Indian journal of veterinary science and animal husbandry - Volumes 15-17, 1948-1951
Year: 1948
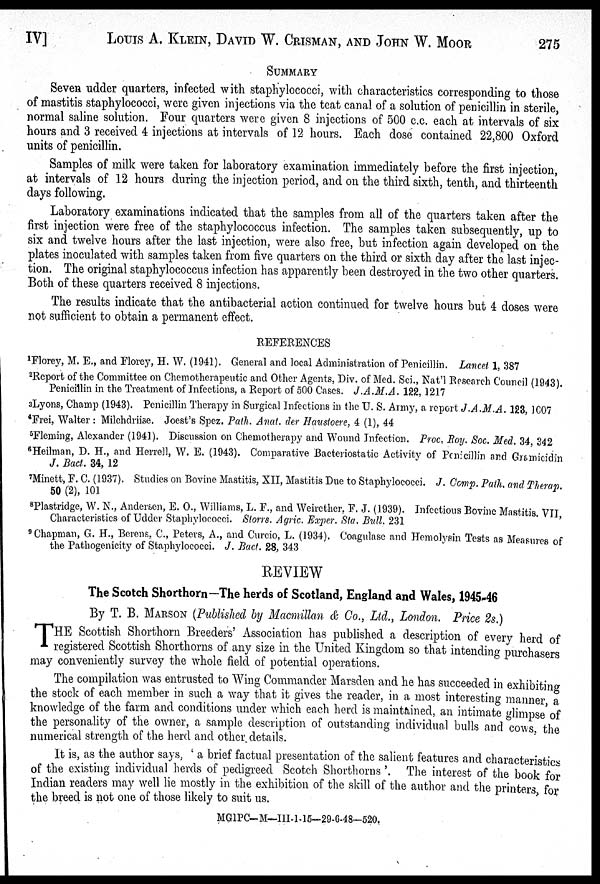
IV] LOUIS A. KLEIN, DAVID W. CRISMAN, AND JOHN W. MOOR 275
SUMMARY
Seven udder quarters, infected with staphylococci, with characteristics corresponding to those
of mastitis staphylococci, were given injections via the teat canal of a solution of penicillin in sterile,
normal saline solution. Four quarters were given 8 injections of 500 c.c. each at intervals of six
hours and 3 received 4 injections at intervals of 12 hours. Each dose contained 22,800 Oxford
units of penicillin.
Samples of milk were taken for laboratory examination immediately before the first injection,
at intervals of 12 hours during the injection period, and on the third sixth, tenth, and thirteenth
days following.
Laboratory examinations indicated that the samples from all of the quarters taken after the
first injection were free of the staphylococcus infection. The samples taken subsequently, up to
six and twelve hours after the last injection, were also free, but infection again developed on the
plates inoculated with samples taken from five quarters on the third or sixth day after the last injec-
tion. The original staphylococcus infection has apparently been destroyed in the two other quarters.
Both of these quarters received 8 injections.
The results indicate that the antibacterial action continued for twelve hours but 4 doses were
not sufficient to obtain a permanent effect.
REFERENCES
1 Florey, M. E., and Florey, H. W. (1941). General and local Administration of Penicillin. Lancet 1, 387
2 Report of the Committee on Chemotherapeutic and Other Agents, Div. of Med. Sci., Nat'l Research Council (1943).
Penicillin in the Treatment of Infections, a Report of 500 Cases. J.A.M.A. 122, 1217
3 Lyons, Champ (1943). Penicillin Therapy in Surgical Infections in the U. S. Army, a report J.A.M.A. 123, 1007
4 Frei, Walter: Milchdriise. Joest's Spez. Path. Anat. der Haustoere, 4 (1), 44
5 Fleming, Alexander (1941). Discussion on Chemotherapy and Wound Infection. Proc, Roy. Soc. Med. 34, 342
6 Heilman, D. H., and Herrell, W. E. (1943). Comparative Bacteriostatic Activity of Penicillin and Gramicidin
J. Bact. 34, 12
7 Minett, F. C. (1937). Studies on Bovine Mastitis, XII, Mastitis Due to Staphylococci. J. Comp. Path. and Therap.
50 (2), 101
8 Plastridge, W. N., Andersen, E. O., Williams, L. F., and Weirether, F. J. (1939). Infectious Bovine Mastitis. VII,
Characteristics of Udder Staphylococci. Storrs. Agric. Exper. Sta. Bull. 231
9 Chapman, G. H., Berens, C., Peters, A., and Curcio, L. (1934). Coagulase and Hemolysin Tests as Measures of
the Pathogenicity of Staphylococci. J. Bact. 28, 343
REVIEW
The Scotch Shorthorn—The herds of Scotland, England and Wales, 1945-46
By T. B. MARSON (Published by Macmillan & Co., Ltd., London. Price 2s.)
T HE Scottish Shorthorn Breeders' Association has published a description of every herd of
registered Scottish Shorthorns of any size in the United Kingdom so that intending purchasers
may conveniently survey the whole field of potential operations.
The compilation was entrusted to Wing Commander Marsden and he has succeeded in exhibiting
the stock of each member in such a way that it gives the reader, in a most interesting manner, a
knowledge of the farm and conditions under which each herd is maintained, an intimate glimpse of
the personality of the owner, a sample description of outstanding individual bulls and cows, the
numerical strength of the herd and other details.
It is, as the author says, 'a brief factual presentation of the salient features and characteristics
of the existing individual herds of pedigreed Scotch Shorthorns'. The interest of the book for
Indian readers may well lie mostly in the exhibition of the skill of the author and the printers, for
the breed is not one of those likely to suit us.
MGIPC—M—III-1-15—29-6-48—520.